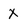
Character: X